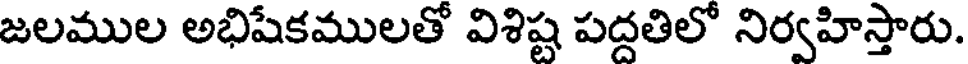
జలముల అభిషేకములతో విశిష్ట పద్దతిలో నిర్వహిస్తారు.